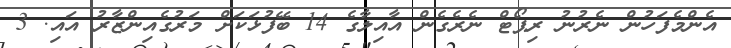
އެންމެފަހުން ނެރުނު ރިޕޯޓް ނެރެގެން އާއިލާގެ 14 ބޭފުޅަކަށް މަރުގެއިންޒާރު އައި. 3